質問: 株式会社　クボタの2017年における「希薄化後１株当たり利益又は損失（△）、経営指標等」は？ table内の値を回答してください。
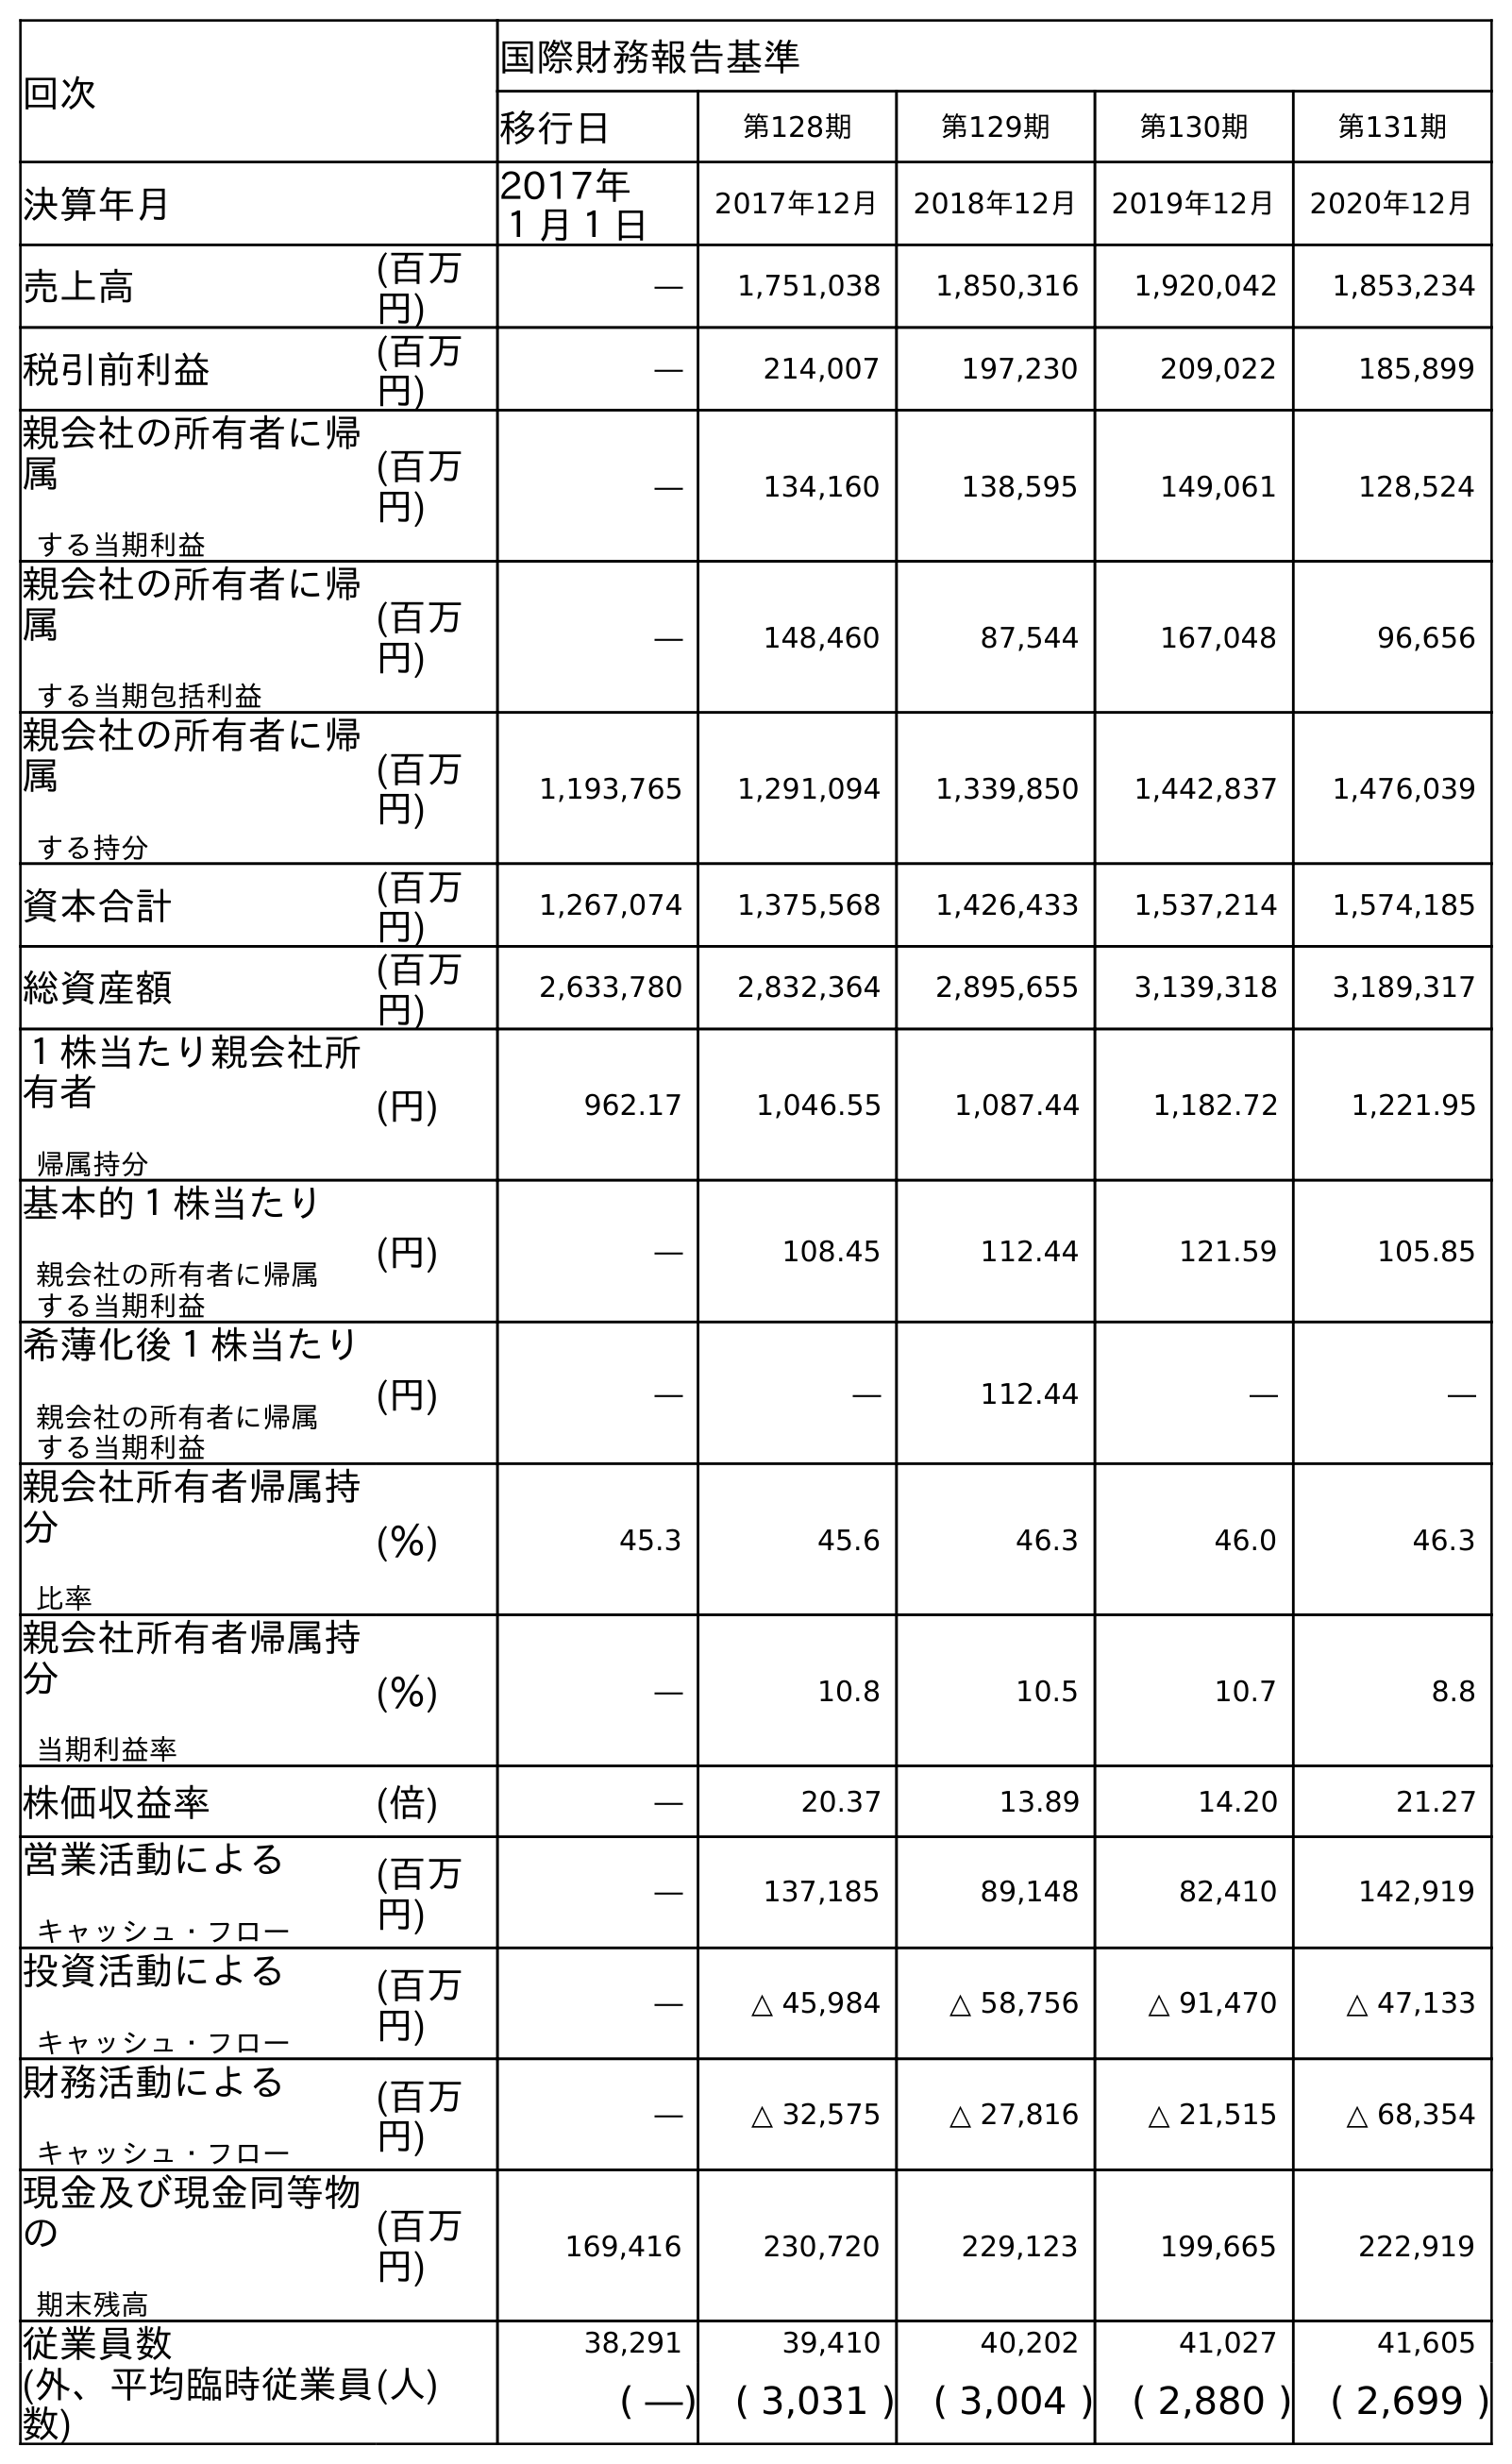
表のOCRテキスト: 回次 国際財務報告基準 移行日 第128期 第129期 第130期 第131期 決算年月 2017年 １月１日 2017年12月 2018年12月 2019年12月 2020年12月 売上高 (百万 円) ― 1,751,038 1,850,316 1,920,042 1,853,234 税引前利益 (百万 円) ― 214,007 197,230 209,022 185,899 親会社の所有者に帰 属 する当期利益 (百万 円) ― 134,160 138,595 149,061 128,524 親会社の所有者に帰 属 する当期包括利益 (百万 円) ― 148,460 87,544 167,048 96,656 親会社の所有者に帰 属 する持分 (百万 円) 1,193,765 1,291,094 1,339,850 1,442,837 1,476,039 資本合計 (百万 円) 1,267,074 1,375,568 1,426,433 1,537,214 1,574,185 総資産額 (百万 円) 2,633,780 2,832,364 2,895,655 3,139,318 3,189,317 １株当たり親会社所 有者 帰属持分 (円) 962.17 1,046.55 1,087.44 1,182.72 1,221.95 基本的１株当たり 親会社の所有者に帰属 する当期利益 (円) ― 108.45 112.44 121.59 105.85 希薄化後１株当たり 親会社の所有者に帰属 する当期利益 (円) ― ― 112.44 ― ― 親会社所有者帰属持 分 比率 (％) 45.3 45.6 46.3 46.0 46.3 親会社所有者帰属持 分 当期利益率 (％) ― 10.8 10.5 10.7 8.8 株価収益率 (倍) ― 20.37 13.89 14.20 21.27 営業活動による キャッシュ・フロー (百万 円) ― 137,185 89,148 82,410 142,919 投資活動による キャッシュ・フロー (百万 円) ― △ 45,984 △ 58,756 △ 91,470 △ 47,133 財務活動による キャッシュ・フロー (百万 円) ― △ 32,575 △ 27,816 △ 21,515 △ 68,354 現金及び現金同等物 の 期末残高 (百万 円) 169,416 230,720 229,123 199,665 222,919 従業員数 (人) 38,291 39,410 40,202 41,027 41,605 (外、平均臨時従業員 数) ( ―) ( 3,031 ) ( 3,004 ) ( 2,880 ) ( 2,699 )
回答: ―